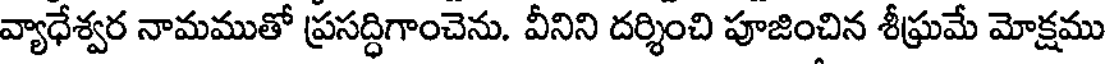
వ్యాధేశ్వర నామముతో ప్రసద్ధిగాంచెను. వీనిని దర్శించి పూజించిన శీఘ్రమే మోక్షము